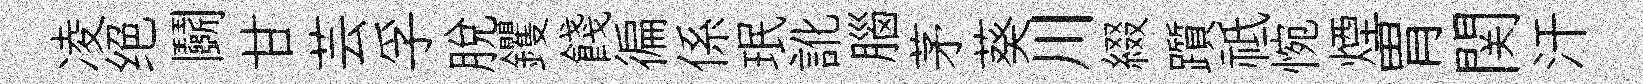
凌绝鬬甘芸孚脱钁餞徧係珉訛腦茅葵川綴躓祗惋煙胃関汗